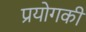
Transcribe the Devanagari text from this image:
प्रयोगकी